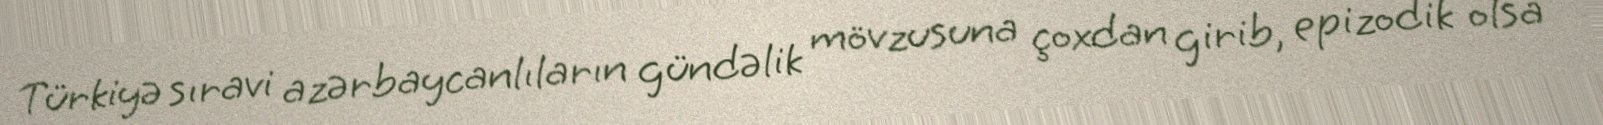
Türkiyə sıravi azərbaycanlıların gündəlik mövzusuna çoxdan girib, epizodik olsa